Lunatic asylums Central Provinces reports 1886-1894 - 1886-1894
Year: 1886
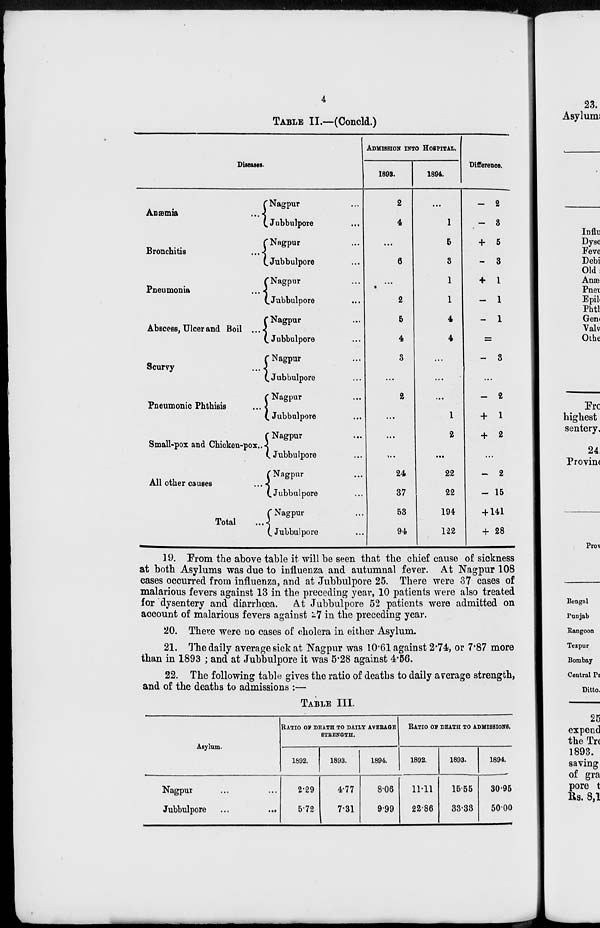
4
TABLE II.—(Concld.)
Diseases.
Anæmia
...
Bronchitis
...
Pneumonia
...
Abscess, Ulcer and Boil ...
Scurvy
...
Pneumonic Phthisis ...
Small-pox and Chicken-pox ...
All other causes ...
Total ...
Nagpur ...
Jubbulpore ...
Nagpur ...
Jubbulpore ...
Nagpur ...
Jubbulpore ...
Nagpur ...
Jubbulpore ...
Nagpur ...
Jubbulpore ...
Nagpur ...
Jubbulpore ...
Nagpur ...
Jubbulpore ...
Nagpur ...
Jubbulpore ...
Nagpur ...
Jubbulpore ...
ADMISSION INTO HOSPITAL.
1893.
2
4
...
6
...
2
5
4
3
...
2
...
...
...
24
37
53
94
1894.
...
1
5
3
1
1
4
4
...
...
...
1
2
...
22
22
194
122
Difference.
— 2
— 3
+ 5
— 3
+ 1
— 1
— 1
=
— 3
...
— 2
+ 1
+ 2
...
— 2
— 15
+ 141
+ 28
19. From the above table it will be seen that the chief cause of sickness
at both Asylums was due to influenza and autumnal fever. At Nagpur 108
cases occurred from influenza, and at Jubbulpore 25. There were 37 cases of
malarious fevers against 13 in the preceding year, 10 patients were also treated
for dysentery and diarrhœa. At Jubbulpore 52 patients were admitted on
account of malarious fevers against 27 in the preceding year.
20. There were no cases of cholera in either Asylum.
21. The daily average sick at Nagpur was 10.61 against 2.74, or 7.87 more
than in 1893 ; and at Jubbulpore it was 5.28 against 4.56.
22. The following table gives the ratio of deaths to daily average strength,
and of the deaths to admissions :—
TABLE III.
Asylum.
Nagpur ... ...
Jubbulpore
...
...
RATIO OF DEATH TO DAILY AVERAGE
STRENGTH.
1892.
2.29
5.72
1893.
4.77
7.31
1894.
8.06
9.99
RATIO OF DEATH TO ADMISSIONS.
1892.
11.11
23.86
1893.
15.55
33.33
1894.
30.95
50.00